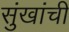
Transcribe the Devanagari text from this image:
सुंखांची